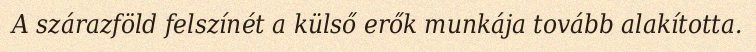
A szárazföld felszínét a külső erők munkája tovább alakította.